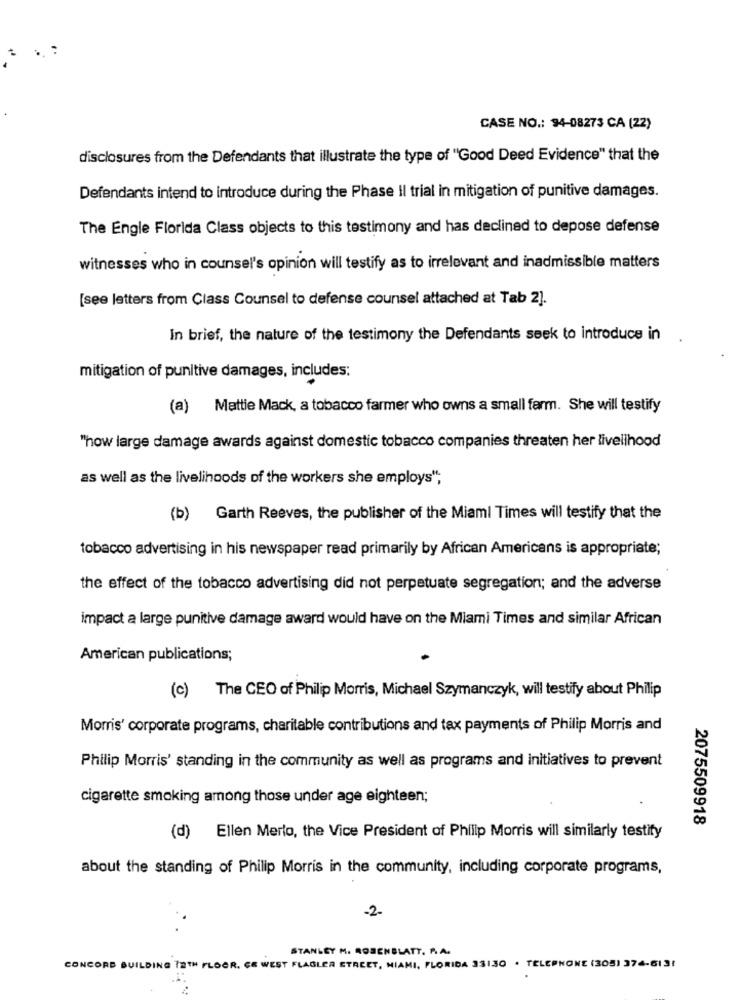
CASE NO .: 94-08273 CA (22)
disclosures from the Defendants that illustrate the type of "Good Deed Evidence" that the
Defendants intend to introduce during the Phase Il trial in mitigation of punitive damages.
The Engle Florida Class objects to this testimony and has declined to depose defense
witnesses who in counsel's opinion will testify as to irrelevant and inadmissible matters
[see letters from Class Counsel to defense counsel attached at Tab 2].
In brief, the nature of the testimony the Defendants seek to introduce in
mitigation of punitive damages, includes:
(a) Mattie Mack, a tobacco farmer who owns a small farm. She will testify
"how large damage awards against domestic tobacco companies threaten her livelihood
as well as the livelihoods of the workers she employs",
(b) Garth Reeves, the publisher of the Miami Times will testify that the
tobacco advertising in his newspaper read primarily by African Americans is appropriate;
the effect of the tobacco advertising did not perpetuate segregation; and the adverse
impact a large punitive damage award would have on the Miami Times and similar African
American publications;
(c) The CEO of Philip Morris, Michael Szymanczyk, will testify about Philip
Morris' corporate programs, charitable contributions and tax payments of Philip Morris and
Philip Morris' standing in the community as well as programs and initiatives to prevent
cigarette smoking among those under age eighteen;
2075509918
(d) Ellen Merlo, the Vice President of Philip Morris will similarly testify
about the standing of Philip Morris in the community, including corporate programs,
-2-
STANLEY M. ROSENBLATT. R.A.
CONCORD BUILDING 72TH FLOOR. CE WEST FLAGLER STREET, MIAMI, FLORIDA 33130 . TELEPHONE (305) 374-613!